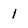
Character: 1